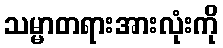
သမ္မာတရားအားလုံးကို